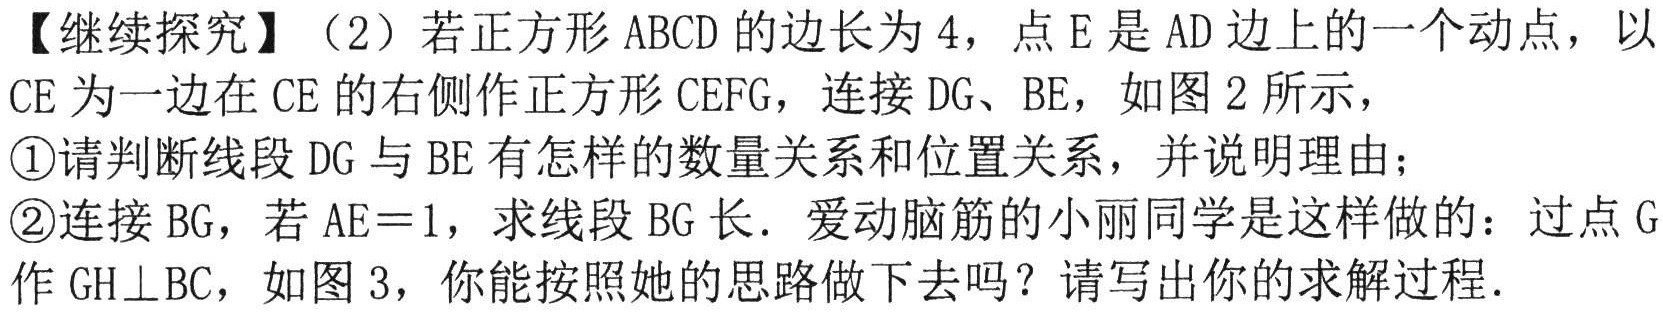
【继续探究】（2）若正方形 \(ABCD\) 的边长为 \(4\)，点 \(E\) 是 \(AD\) 边上的一个动点，以 \(CE\) 为一边在 \(CE\) 的右侧作正方形 \(CEFG\)，连接 \(DG\)、\(BE\)，如图 \(2\) 所示，

\textcircled{1}请判断线段 \(DG\) 与 \(BE\) 有怎样的数量关系和位置关系，并说明理由；

\textcircled{2}连接 \(BG\)，若 \(AE = 1\)，求线段 \(BG\) 长．爱动脑筋的小丽同学是这样做的：过点 \(G\) 作 \(GH\perp BC\)，如图 \(3\)，你能按照她的思路做下去吗？请写出你的求解过程．